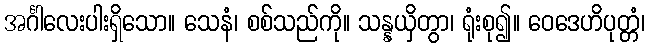
အင်္ဂါလေးပါးရှိသော။ သေနံ၊ စစ်သည်ကို။ သန္နယှိတွာ၊ ရုံးစု၍။ ဝေဒေဟိပုတ္တံ၊